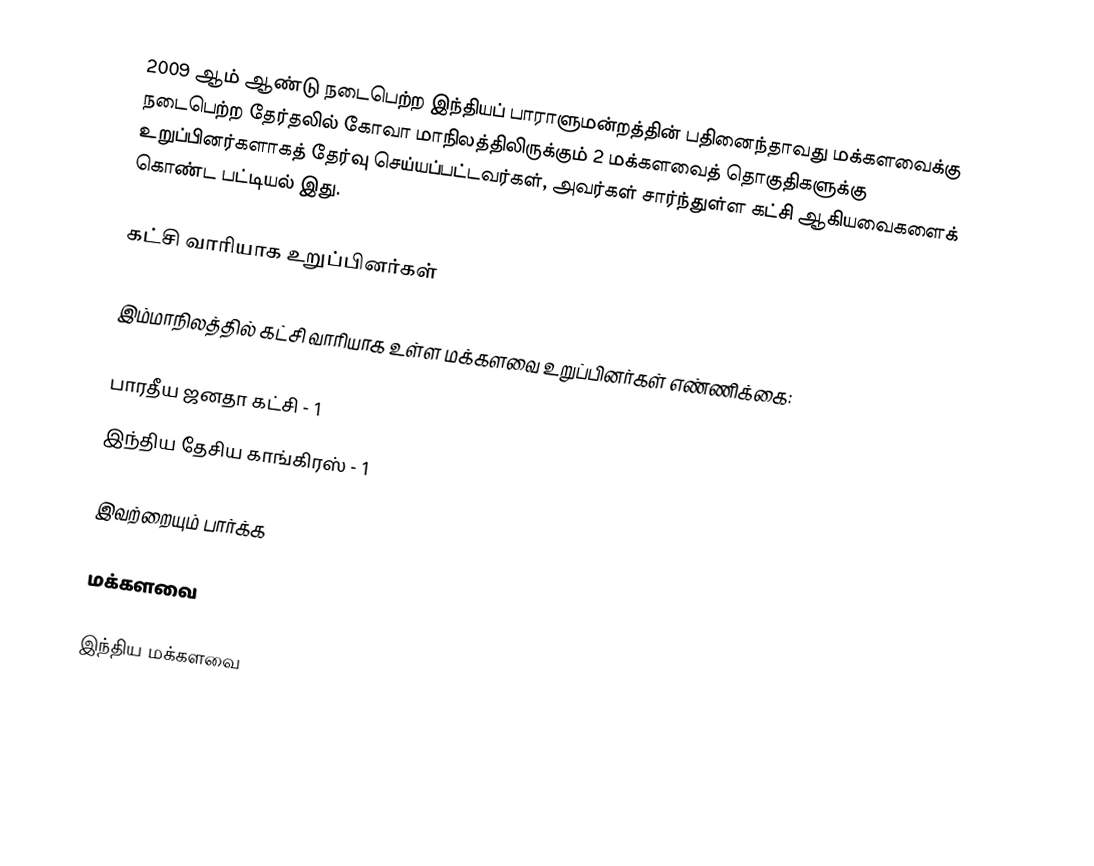
2009 ஆம் ஆண்டு நடைபெற்ற இந்தியப் பாராளுமன்றத்தின் பதினைந்தாவது மக்களவைக்கு நடைபெற்ற தேர்தலில் கோவா மாநிலத்திலிருக்கும் 2 மக்களவைத் தொகுதிகளுக்கு உறுப்பினர்களாகத் தேர்வு செய்யப்பட்டவர்கள், அவர்கள் சார்ந்துள்ள கட்சி ஆகியவைகளைக் கொண்ட பட்டியல் இது.

கட்சி வாரியாக உறுப்பினர்கள்

இம்மாநிலத்தில் கட்சி வாரியாக உள்ள மக்களவை உறுப்பினர்கள் எண்ணிக்கை:

பாரதீய ஜனதா கட்சி - 1
இந்திய தேசிய காங்கிரஸ் - 1

இவற்றையும் பார்க்க

 மக்களவை

இந்திய மக்களவை